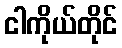
ငါကိုယ်တိုင်